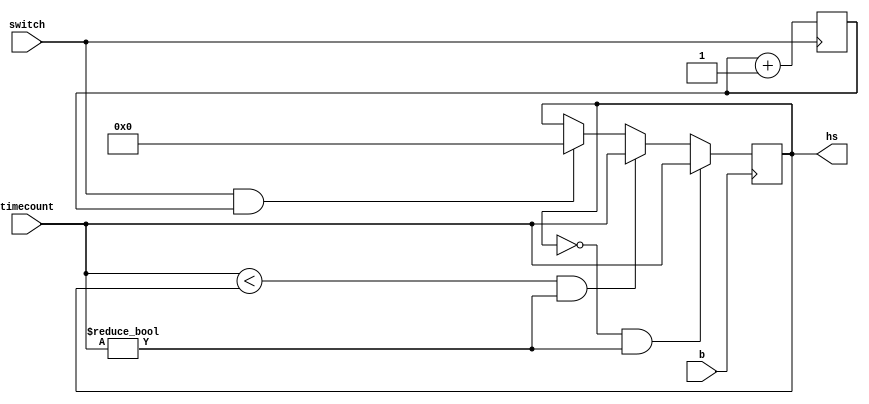
module highscore (b, timecount, switch, hs);
	input b,switch;
	
	input [23:0] timecount;
	output reg [23:0] hs;
	

	
	always@(negedge b) 
	
	begin

		if (hs == 0 && timecount != 0)
			hs = timecount;
			
		
		
		else 
		
		begin
		
		//new time is less than the current highscore, replce
		//highscore with the current value
		//lowest value wins
		
			if(timecount < hs && timecount != 0)
				hs[23:0] = timecount[23:0];
			else if(switch == 1 && x == 1)
			hs =0;
		
			else
				hs[23:0] = hs[23:0];
			
			
		end
	end
	
	reg x = 0;
	always@(posedge switch)

begin
x = x + 1;
	end
endmodule